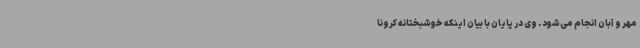
مهر و آبان انجام می‌شود. وی در پایان با بیان اینکه خوشبختانه کرونا